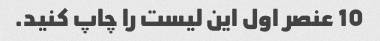
10 عنصر اول این لیست را چاپ کنید.